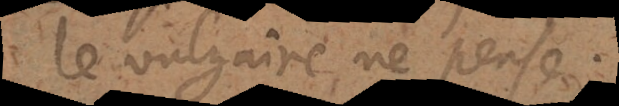
le vulgaire ne pense.